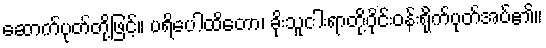
ဆောက်ပုတ်တို့ဖြင့်။ ပရိပေါထိတော၊ ခိုးသူငါးရာတို့ဝိုင်းဝန်းရိုက်ပုတ်အပ်၏။